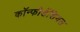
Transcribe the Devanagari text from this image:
कॉन्फीडेंशियल